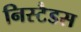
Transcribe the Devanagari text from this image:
निस्टैडस